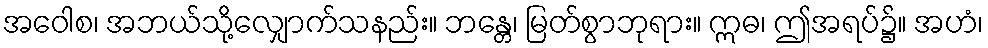
အဝေါစ၊ အဘယ်သို့လျှောက်သနည်း။ ဘန္တေ၊ မြတ်စွာဘုရား။ ဣဓ၊ ဤအရပ်၌။ အဟံ၊